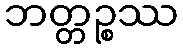
ဘတ္တဉ္စဿ